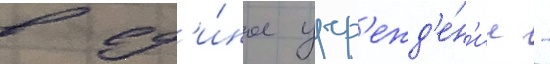
в ед'и́ное учр'ежд'е́н'ие -